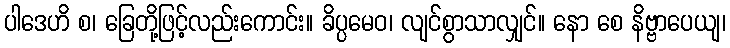
ပါဒေဟိ စ၊ ခြေတို့ဖြင့်လည်းကောင်း။ ခိပ္ပမေဝ၊ လျင်စွာသာလျှင်။ နော စေ နိဗ္ဗာပေယျ၊